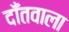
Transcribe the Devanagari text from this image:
दाँतवाला